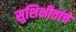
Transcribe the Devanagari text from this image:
सुशिक्षीतांचे